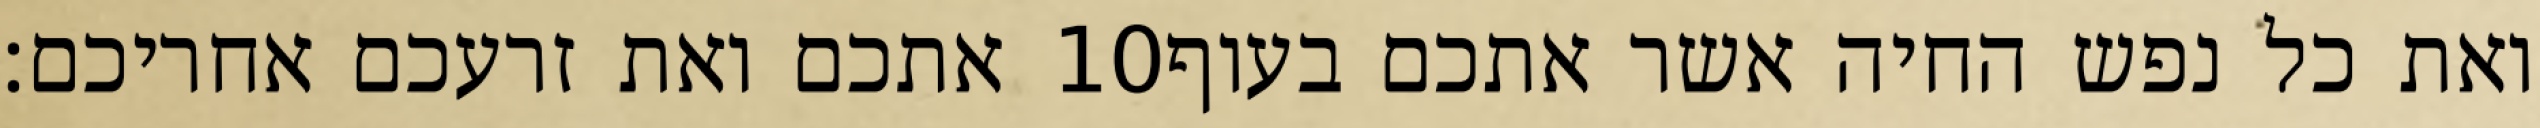
אתכם ואת זרעכם אחריכם׃ ‎10‏ ואת כל נפש החיה אשר אתכם בעוף